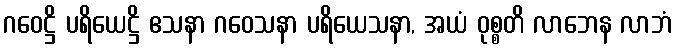
ဂဝေဋ္ဌိ ပရိယေဋ္ဌိ ဧသနာ ဂဝေသနာ ပရိယေသနာ, အယံ ဝုစ္စတိ လာဘေန လာဘံ